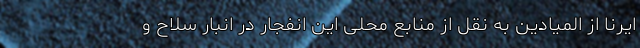
ایرنا از المیادین به نقل از منابع محلی این انفجار در انبار سلاح و